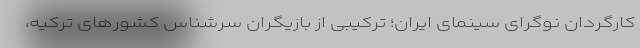
كارگردان نوگرای سینمای ایران؛ ترکیبی از بازیگران سرشناس کشورهای ترکیه،